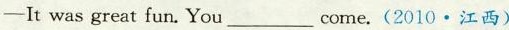
-It was great fun.You___come.(2010.江西)